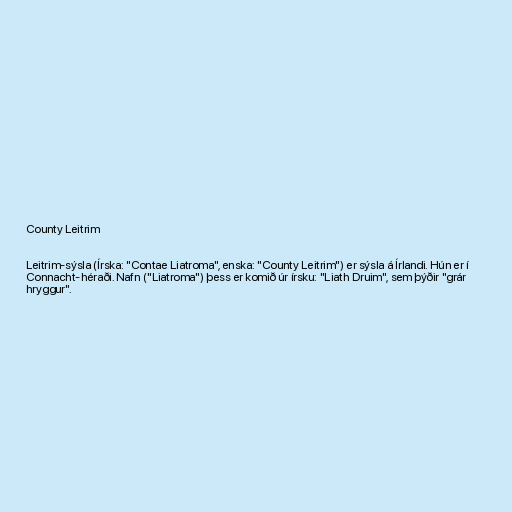
County Leitrim

Leitrim-sýsla (Írska: "Contae Liatroma", enska: "County Leitrim") er sýsla á Írlandi. Hún er í
Connacht-héraði. Nafn ("Liatroma") þess er komið úr írsku: "Liath Druim", sem þýðir "grár
hryggur".